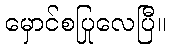
မှောင်စပြုလေပြီ။